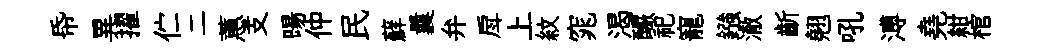
帋異擢伫二蕙支暘仲民蘚曩弁戽上紋窕渴釅祀寵鏹澈齗翹吼溥堯紺棺